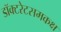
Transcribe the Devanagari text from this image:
डॉक्टरेटसमकक्ष